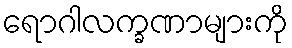
ရောဂါလက္ခဏာများကို